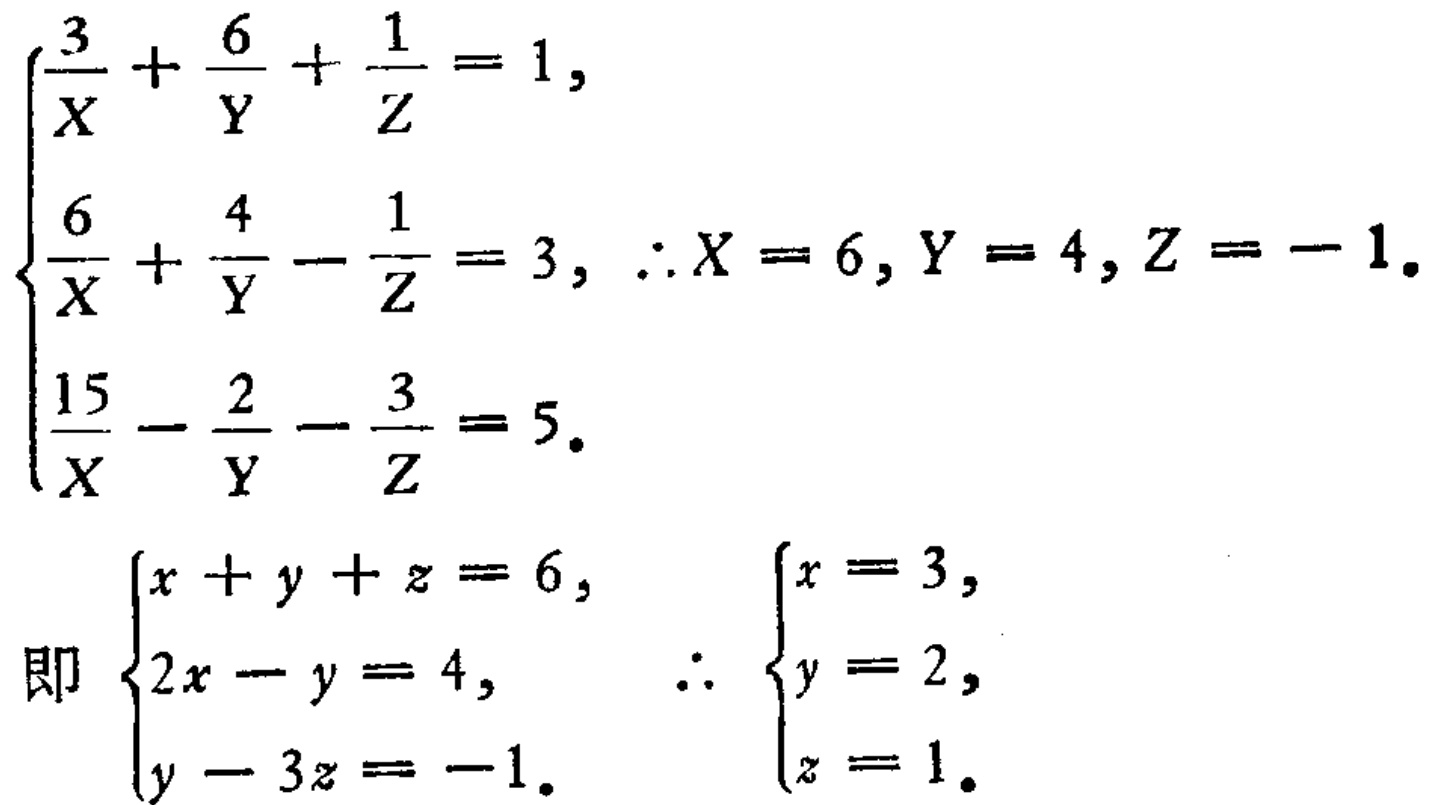
\[\begin{cases}
\frac{3}{X}+\frac{6}{Y}+\frac{1}{Z}=1,\\
\frac{6}{X}+\frac{4}{Y}-\frac{1}{Z}=3,\\
\frac{15}{X}-\frac{2}{Y}-\frac{3}{Z}=5.
\end{cases}\therefore X = 6,Y = 4,Z=-1.\]
\[即\begin{cases}
x + y+z=6,\\
2x - y=4,\\
y - 3z=-1.
\end{cases}\therefore\begin{cases}
x = 3,\\
y = 2,\\
z = 1.
\end{cases}\]